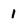
Character: 1